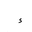
Letter: _hamza